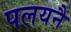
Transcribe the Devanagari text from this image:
पलयनै